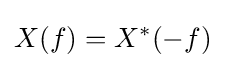
X(f)=X^{*}(-f)